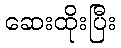
ဆေးထိုးပြီး